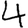
Digit: 4